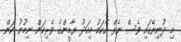
މި ދުނިޔޭގައި ވެސް ނެތް އެކަމު މިއަދު ޔާމީންގެ ވެރިކަން ނިމުނު ކަން